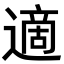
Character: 適